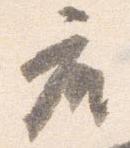
座